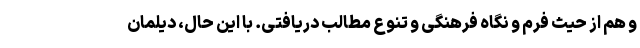
و هم از حیث فرم و نگاه فرهنگی و تنوع مطالب دریافتی. با این حال، دیلمان